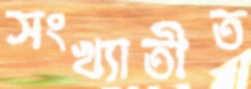
সংখ্যাতীত